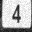
Digit: 4